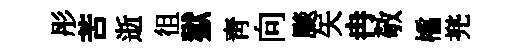
彤苦逝徂獄青向颷矢冉敬櫺兠